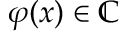
\varphi ( x ) \in \mathbb { C }